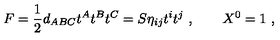
F = { \frac { 1 } { 2 } } d _ { A B C } t ^ { A } t ^ { B } t ^ { C } = S \eta _ { i j } t ^ { i } t ^ { j } \ , \qquad X ^ { 0 } = 1 \ ,